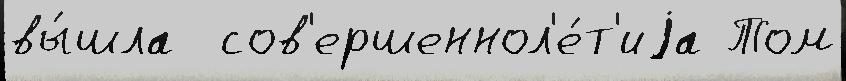
вы́шла  сов'ершеннол'е́т'иjа Том